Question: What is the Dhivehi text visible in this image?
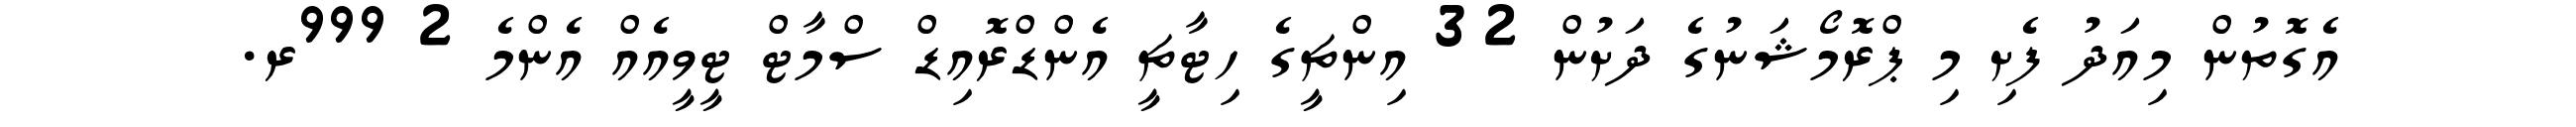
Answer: އެގޮތުން މިއަދު ފެށި މި ޕްރޮމޯޝަނުގެ ދަށުން 32 އިންޗީގެ ހިޓާޗީ އެންޑްރޮއިޑް ސްމާޓް ޓީވީއެއް އެންމެ 2 999ރ.